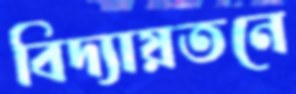
বিদ্যায়তনে